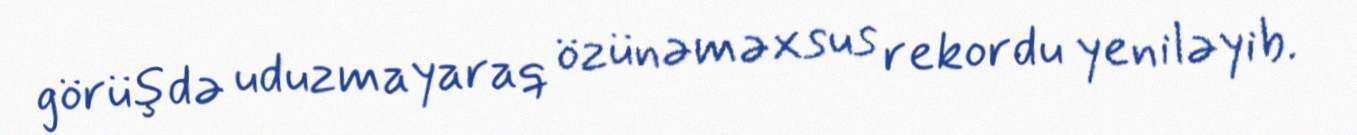
görüşdə uduzmayaraq özünəməxsus rekordu yeniləyib.